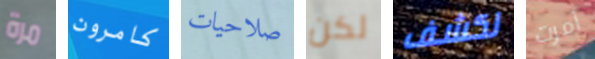
مرة كامرون صلاحيات لكن لكشف أمرت